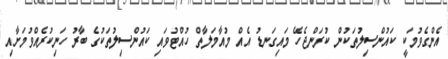
އެންގެވުމަކީ ކައުންސިލުތަކުން ކުރަންޖެހޭ މައިގަނޑު އެއް މުއާމަލާތް ހުއްޓުވައި ކައުންސިލުތަކުގެ ބާރު ހަނިކުރެއްވުމަށާއި